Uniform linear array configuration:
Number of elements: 24
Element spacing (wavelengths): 0.5
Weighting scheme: uniform
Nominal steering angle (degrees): -15
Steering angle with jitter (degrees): -15.247
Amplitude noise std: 0.05
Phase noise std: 0.05

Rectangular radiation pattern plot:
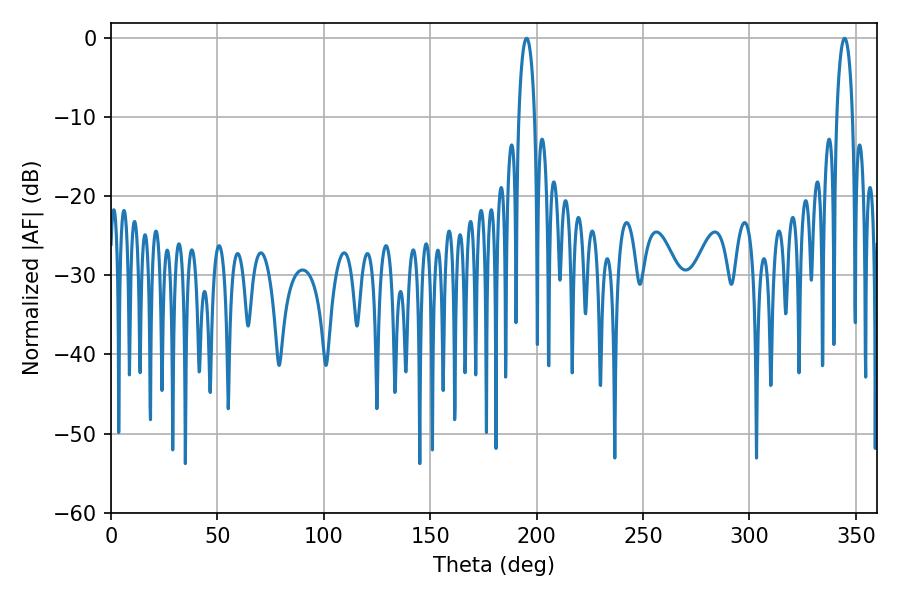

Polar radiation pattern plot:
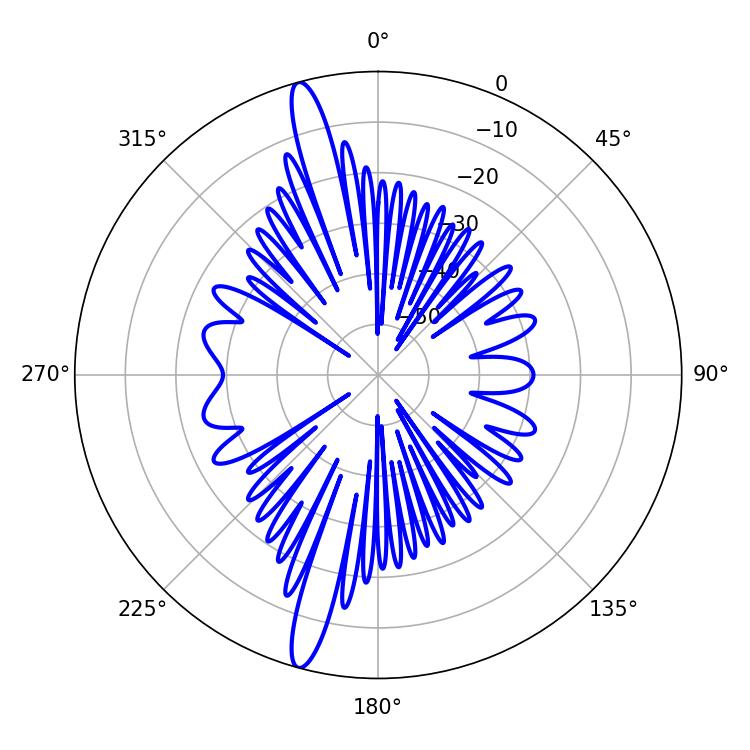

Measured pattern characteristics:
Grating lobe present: FALSE
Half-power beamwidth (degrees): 4.32
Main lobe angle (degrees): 195.3